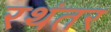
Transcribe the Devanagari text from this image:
रथंतर